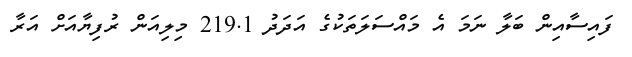
ފައިސާއިން ބަލާ ނަމަ އެ މައްސަލަތަކުގެ އަދަދު 219.1 މިލިއަން ރުފިޔާއަށް އަރާ